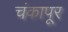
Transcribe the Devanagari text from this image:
चंकापूर